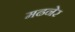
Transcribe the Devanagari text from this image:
मढनेर